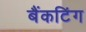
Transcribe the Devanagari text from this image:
बैंकटिंग